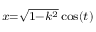
\scriptstyle { x = { \sqrt { 1 - k ^ { 2 } } } \cos ( t ) }